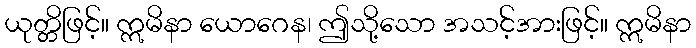
ယုတ္တိဖြင့်။ ဣမိနာ ယောဂေန၊ ဤသို့သော အသင့်အားဖြင့်။ ဣမိနာ